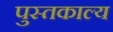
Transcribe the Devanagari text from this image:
पुस्तकाल्य